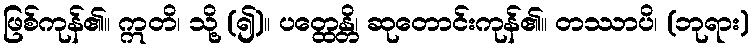
ဖြစ်ကုန်၏။ ဣတိ၊ သို့ (၍)။ ပတ္ထေန္တိ၊ ဆုတောင်းကုန်၏။ တဿာပိ၊ (ဘုရား)